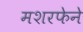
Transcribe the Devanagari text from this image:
मशरफेने